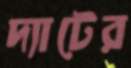
দ্যাটের